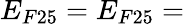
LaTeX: E_{F25}=E_{F25}=